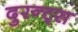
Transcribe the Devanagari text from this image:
दुरन्ट्स